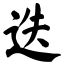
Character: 迭